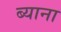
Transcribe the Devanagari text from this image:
ब्याना